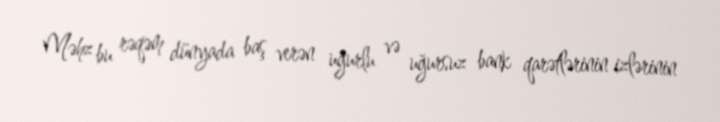
Məhz bu rəqəm dünyada baş verən uğurlu və uğursuz bank qarətlərinin izlərinin